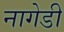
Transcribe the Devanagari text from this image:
नागेडी